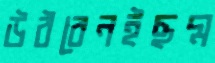
উঠবেনইছদ্ম